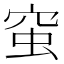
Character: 𧉴